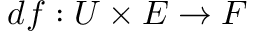
d f : U \times E \to F